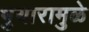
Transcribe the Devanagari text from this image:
भुयारामुळे